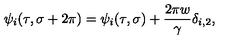
\psi _ { i } ( \tau , \sigma + 2 \pi ) = \psi _ { i } ( \tau , \sigma ) + \frac { 2 \pi w } { \gamma } \delta _ { i , 2 } ,